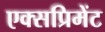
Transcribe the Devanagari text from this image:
एक्सप्रिमेंट